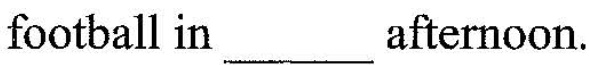
football in___afternoon.